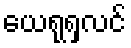
ယေရုရှလင်